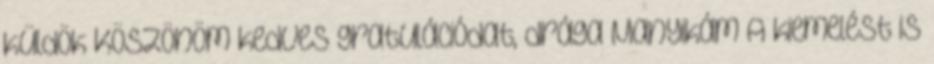
küldök Köszönöm kedves gratulációdat, drága Manyikám A kiemelést is